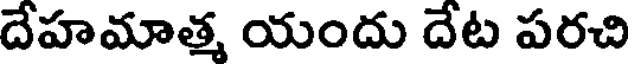
దేహమాత్మ యందు దేట పరచి